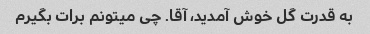
به قدرت گل خوش آمدید، آقا. چی میتونم برات بگیرم